V__Kingissepa_nim__kolhoos, lk 10
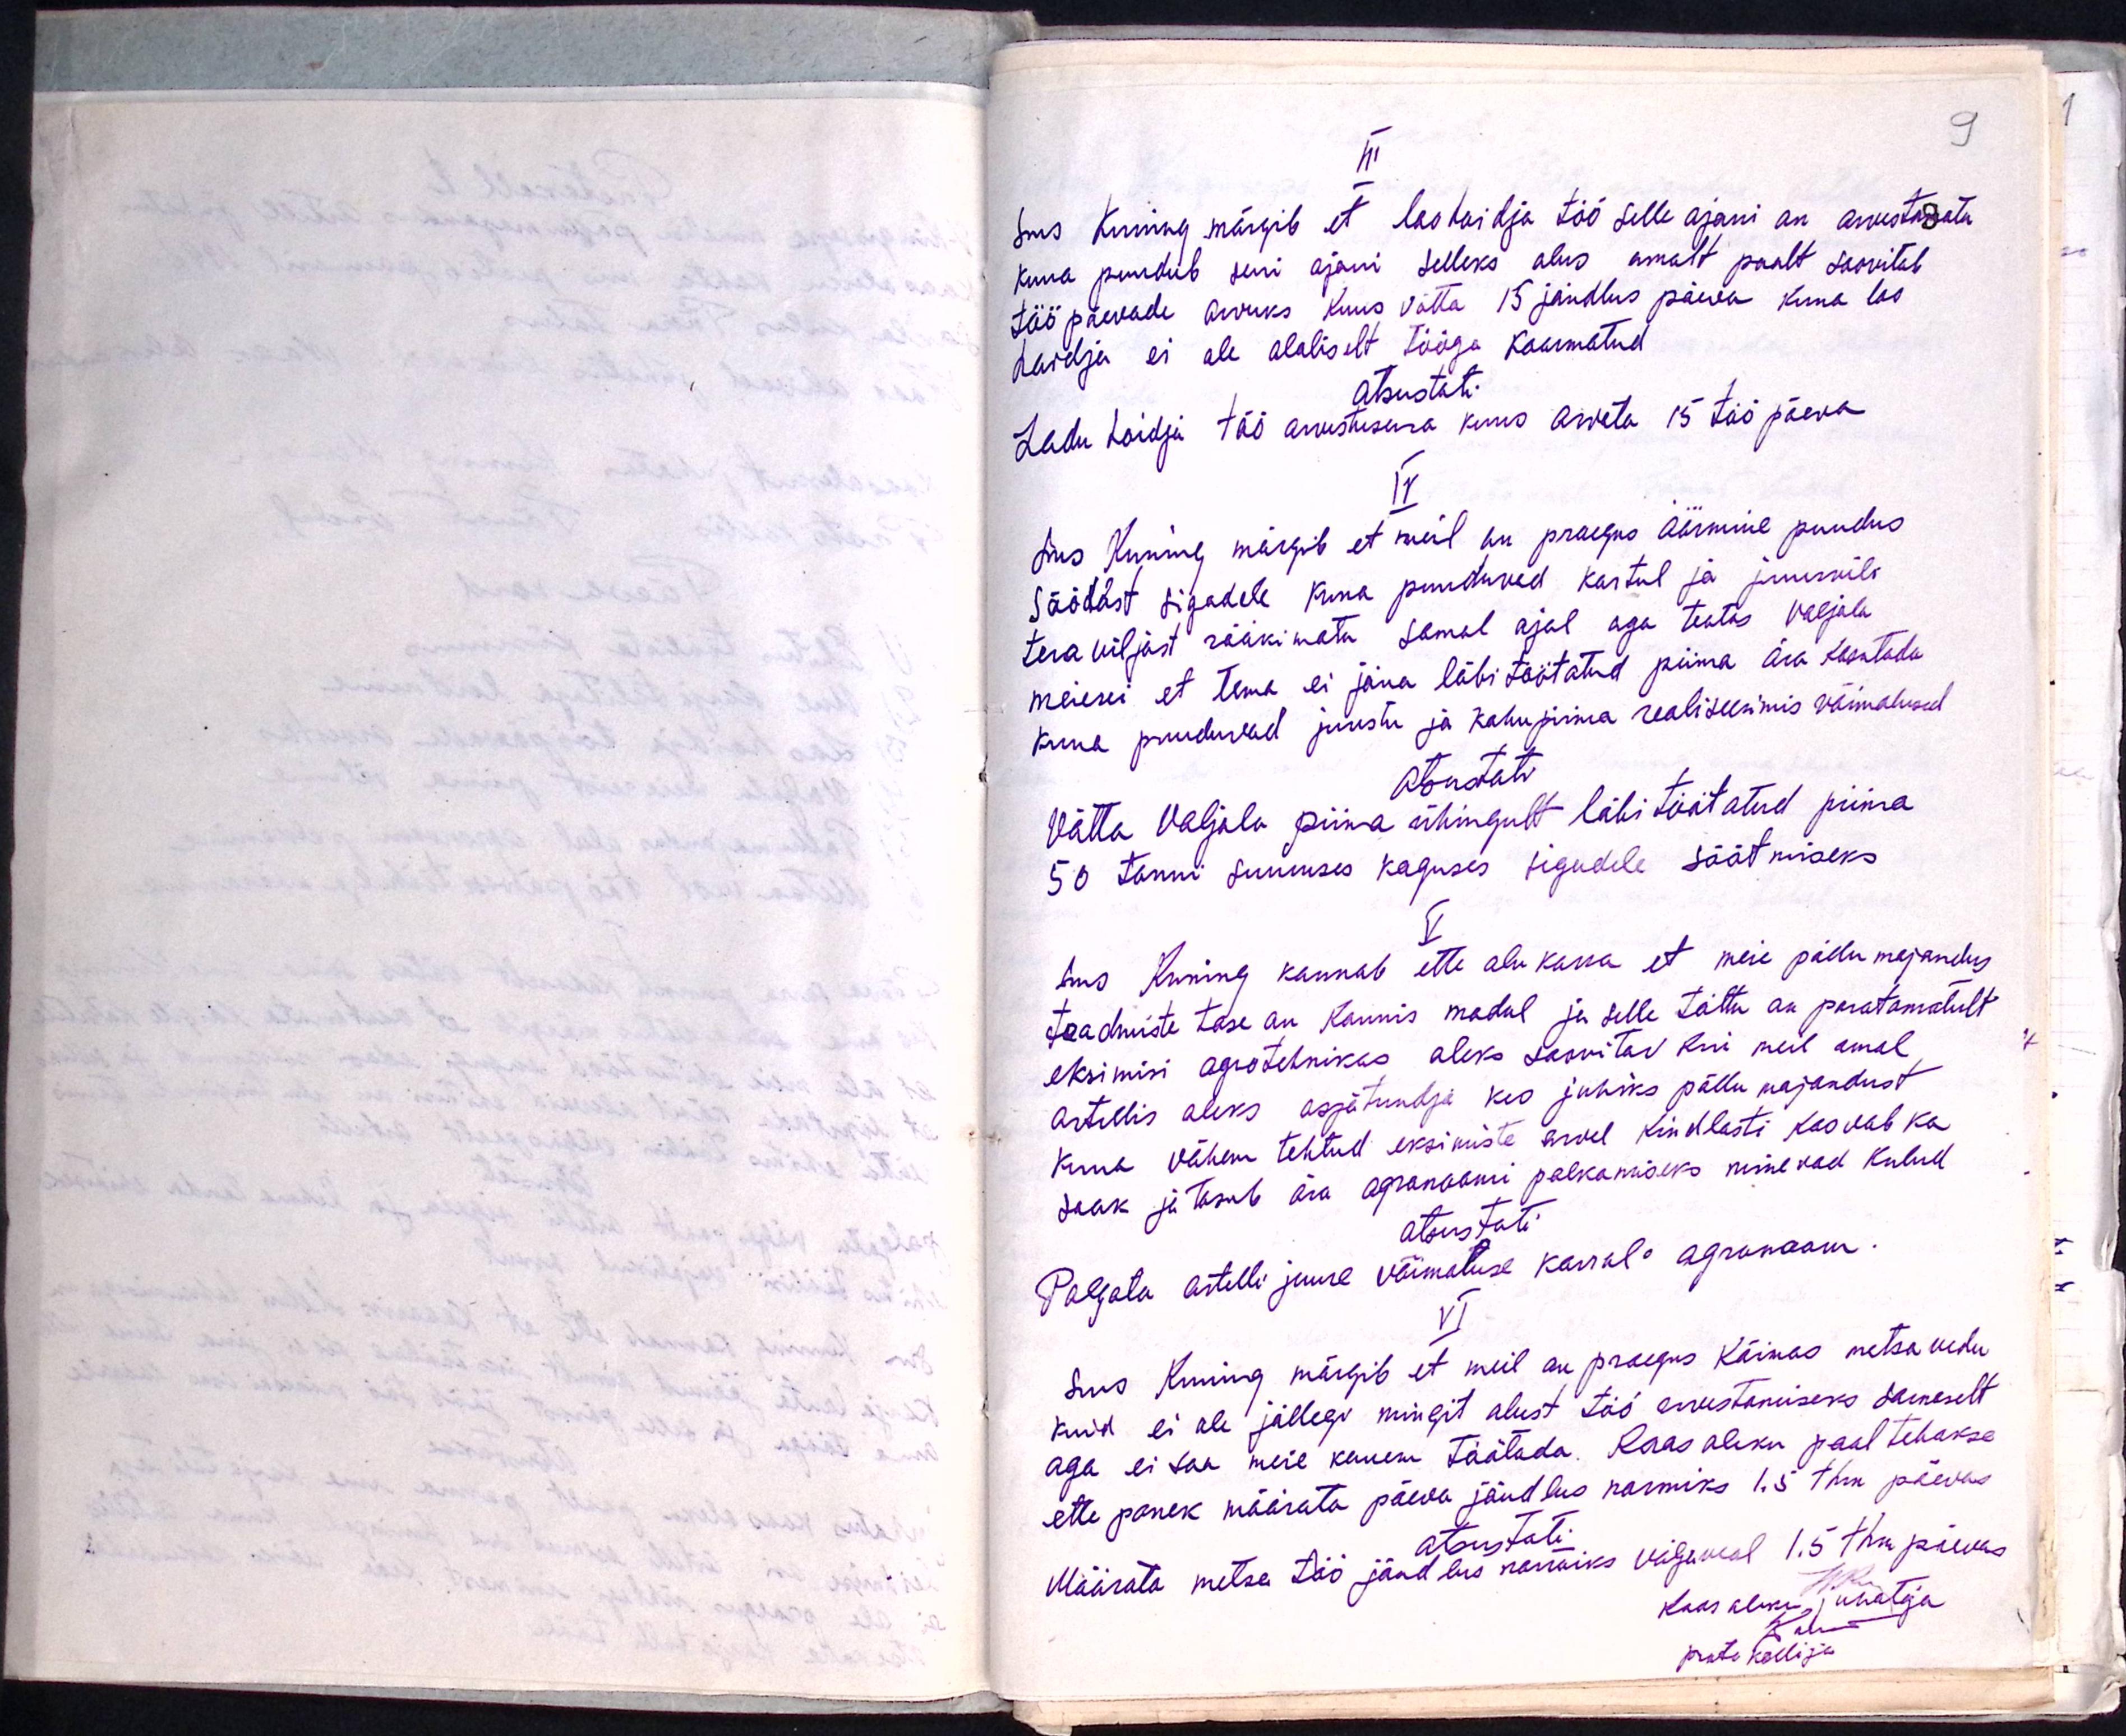
III
Sms Kuining märgib et laohoidja töö selle ajani on arvestamata
kuna puudub seni ajani selleks alus omalt poolt soovitab
tööpäevade arvuks kuus võtta 15 jandlus päeva kuna lao-
haldja ei ole alaliselt tööga koormatud
otsustati.
Ladu hoidja töö arvestusena kuus arvata 15 töö päeva
IV
Sms Kuning märgib et meil on praegus äärmine puudus
söödast sigadele kuna puudused kartul ja juurevili
teraviljast rääkimata samal ajal aga teatas Valjala
meierei et tema ei jõua läbi töötatud piima ära kasutada
kuna puuduvad juustu ja kohupiima realiseerimis võimalused
otsustati
Võtta Valjala piima ühingult läbi töötatud piima
50 tonni suuruses koguses sigudele söötmiseks
V
Sms Kuning kannab ette olukorra, et meie põllumajandus
teadmiste tase on kaunis madal ja selle tõttu on paratamatult
eksimisi agrotehnikas oleks soovitav kui meil omal
artellis oleks asjatundja kes juhiks põllu majandust
kuna vähem tehtud eksimiste arvel kindlasti kasvab ka
saak ja tasub ära agronoomi palkamiseks minevad kulud
otsustati:
Palgata artelli juurde võimaluse korral agronoom.
VI
Sms Kuining märgib et meil on praegus käimas metsa vedu
kuid ei ole jällegi mingit alust töö arvestamiseks sarnaselt
aga ei saa meie kauem töötada. Koosoleku pool tehakse
ettepanek määrata päeva jõudlus normiks 1.5 thn päevas
Otsustati
Määrata metsa töö jõudlus normiks viljavad 1.5 thn päevas
Koosoleku, juhataja
protokollija